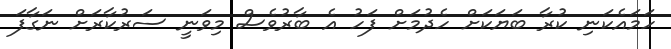
ހަމައެކަނި ކުރާ ބަޔަކަށް ހެދުމަށް ފަހު އެ ބާރުވެސް މިވަނީ ސަރުކާރަށް ނަގާފަ